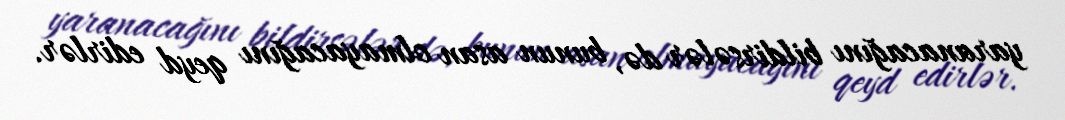
yaranacağını bildirsələr də, bunun asan olmayacağını qeyd edirlər.